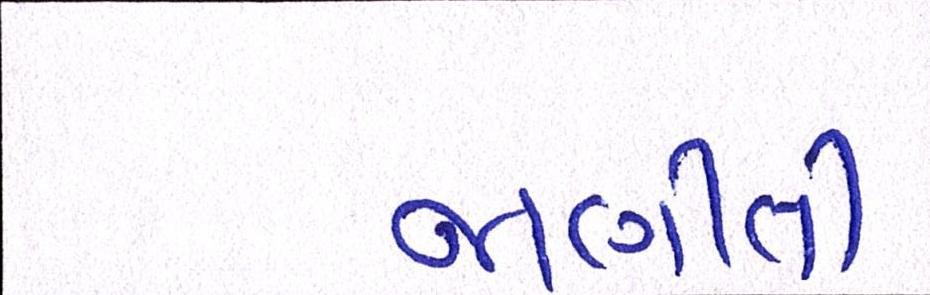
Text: જાણીતી